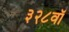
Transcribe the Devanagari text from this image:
३२८वॉ